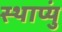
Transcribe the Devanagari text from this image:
स्थाप्युं